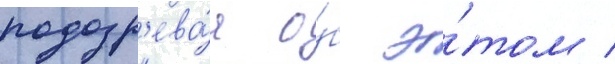
подозр'ева́я о́б э́том /